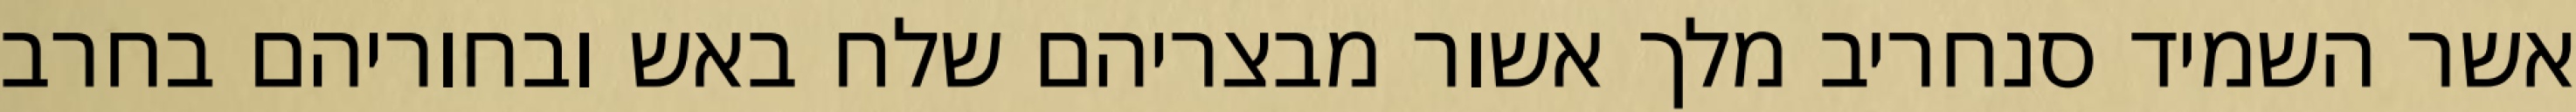
אשר השמיד סנחריב מלך אשור מבצריהם שלח באש ובחוריהם בחרב